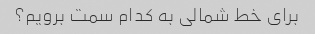
برای خط شمالی به کدام سمت برویم؟